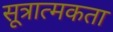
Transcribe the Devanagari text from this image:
सूत्रात्मकता